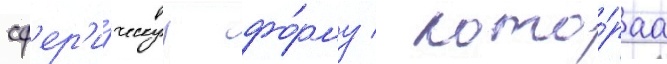
сф'ер'и́ческуу фо́рму / кото́раа